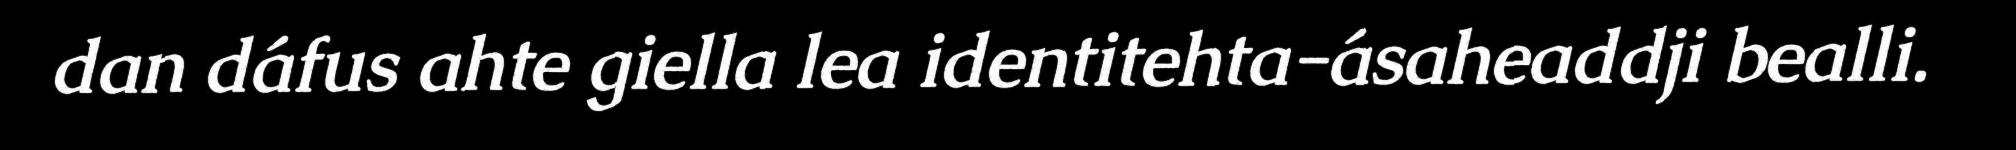
dan dáfus ahte giella lea identitehta-ásaheaddji bealli.